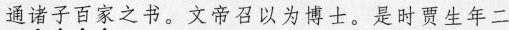
通\underset{·}{诸}\underset{·}{子}\underset{·}{百}\underset{·}{家}之书。文帝召以为博士。是时贾生年二